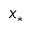
x _ { * }